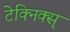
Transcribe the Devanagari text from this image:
टेक्निक्स्